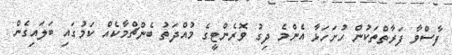
ފާސްވާ ފަރާތްތަކުން ހުށަހަޅާ އެންމެ ދިގު ވޮރެންޓީގެ މުއްދަތު ބެންޗްމާކެއް ކަމުގައި ބަލައިގެން